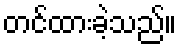
တင်ထားခဲ့သည်။